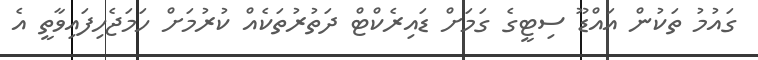
ގައުމު ތަކުން އައްޑޫ ސިޓީގެ ގަމަށް ޑައިރެކްޓް ދަތުރުތަކެއް ކުރުމަށް ހަމަޖެހިފައިވާތީ އެ